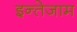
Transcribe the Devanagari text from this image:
इन्तेजाम